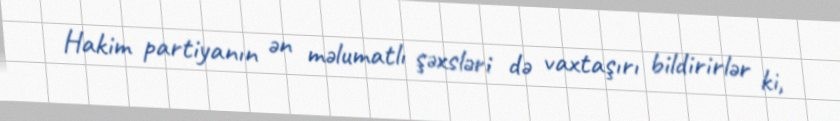
Hakim partiyanın ən məlumatlı şəxsləri də vaxtaşırı bildirirlər ki,